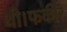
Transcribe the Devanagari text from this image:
थी।फकीर